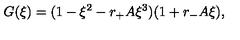
G ( \xi ) = ( 1 - \xi ^ { 2 } - r _ { + } A \xi ^ { 3 } ) ( 1 + r _ { - } A \xi ) ,